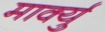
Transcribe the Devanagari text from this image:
मार्क्यु